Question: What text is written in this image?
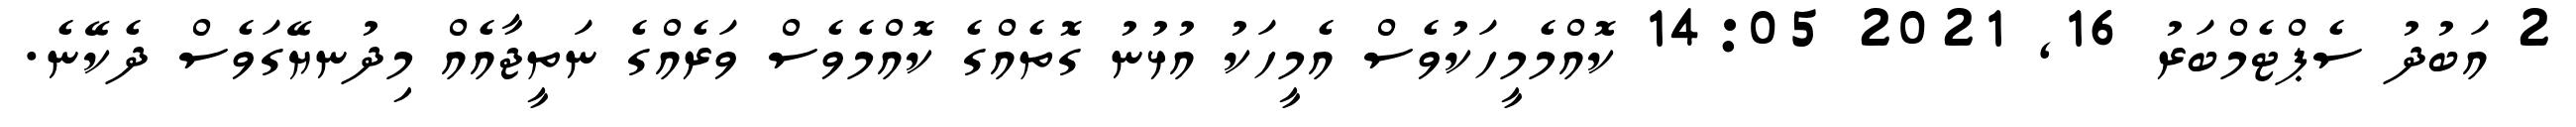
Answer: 2 އަބުދު ސެޕްޓެމްބަރު 16, 2021 14:05 ކޮއްމެމީހަކުވެސް އެމީހަކު އުޅުނު ގޮތެއްގެ ކޮއްމެވެސް ވަރެއްގެ ނަތީޖާއެއް މިދުނޔޭގަވެސް ދެކޭނެ.